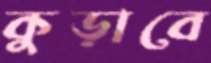
কুড়াবে